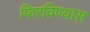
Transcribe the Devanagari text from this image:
फिरविण्यास